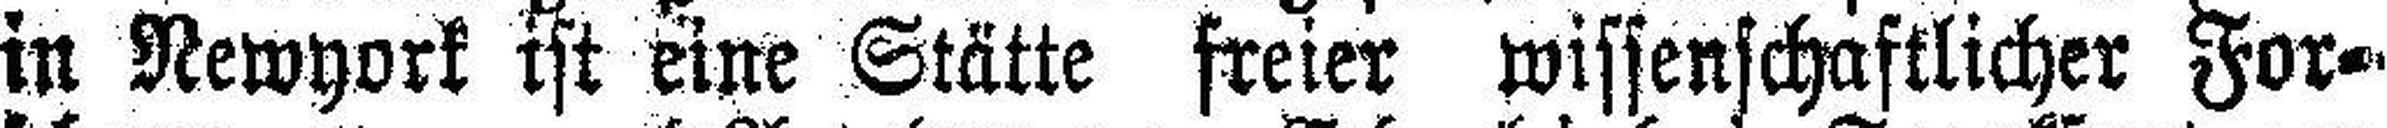
in Newyork ist eine Stätte freier wissenschaftlicher For¬